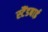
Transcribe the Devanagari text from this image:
स्‍टैंडबाई